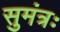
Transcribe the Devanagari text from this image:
सुमंत्रः